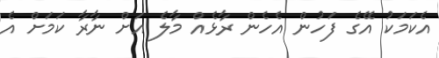
އެކަަމަކު އޭގެ ފަހުން އެހެން ރާޅެއް މާލެ އަށް ނާރާ ކަމަށް އެ